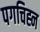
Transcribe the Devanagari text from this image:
पगचिह्न